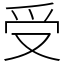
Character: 受